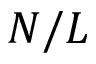
N / L